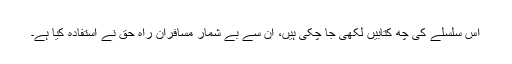
اس سلسلے کی چھ کتابیں لکھی جا چکی ہیں، ان سے بے شمار مسافرانِ راہِ حق نے استفادہ کیا ہے۔